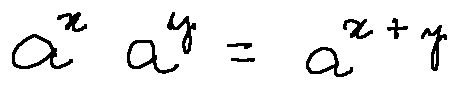
a ^ { x } a ^ { y } = a ^ { x + y }